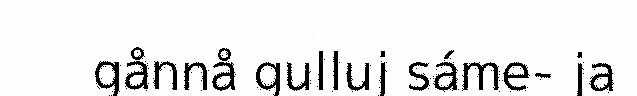
gånnå gulluj sáme- ja